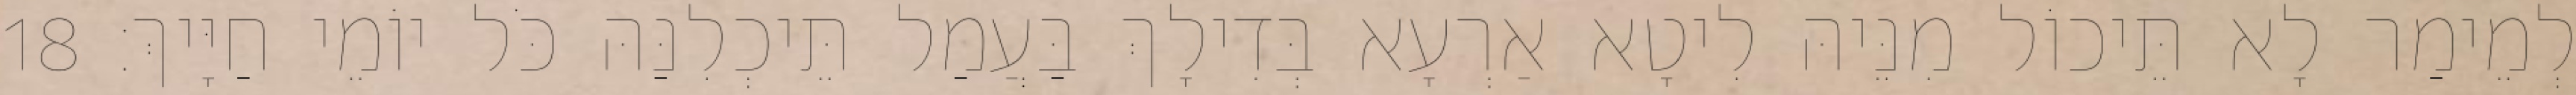
לְמֵימַר לָא תֵּיכוֹל מִנֵּיהּ לִיטָא אַרְעָא בְּדִילָךְ בַּעֲמַל תֵּיכְלִנַּהּ כֹּל יוֹמֵי חַיָּיךְ׃ 18